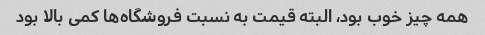
همه چیز خوب بود، البته قیمت به نسبت فروشگاه‌ها کمی بالا بود